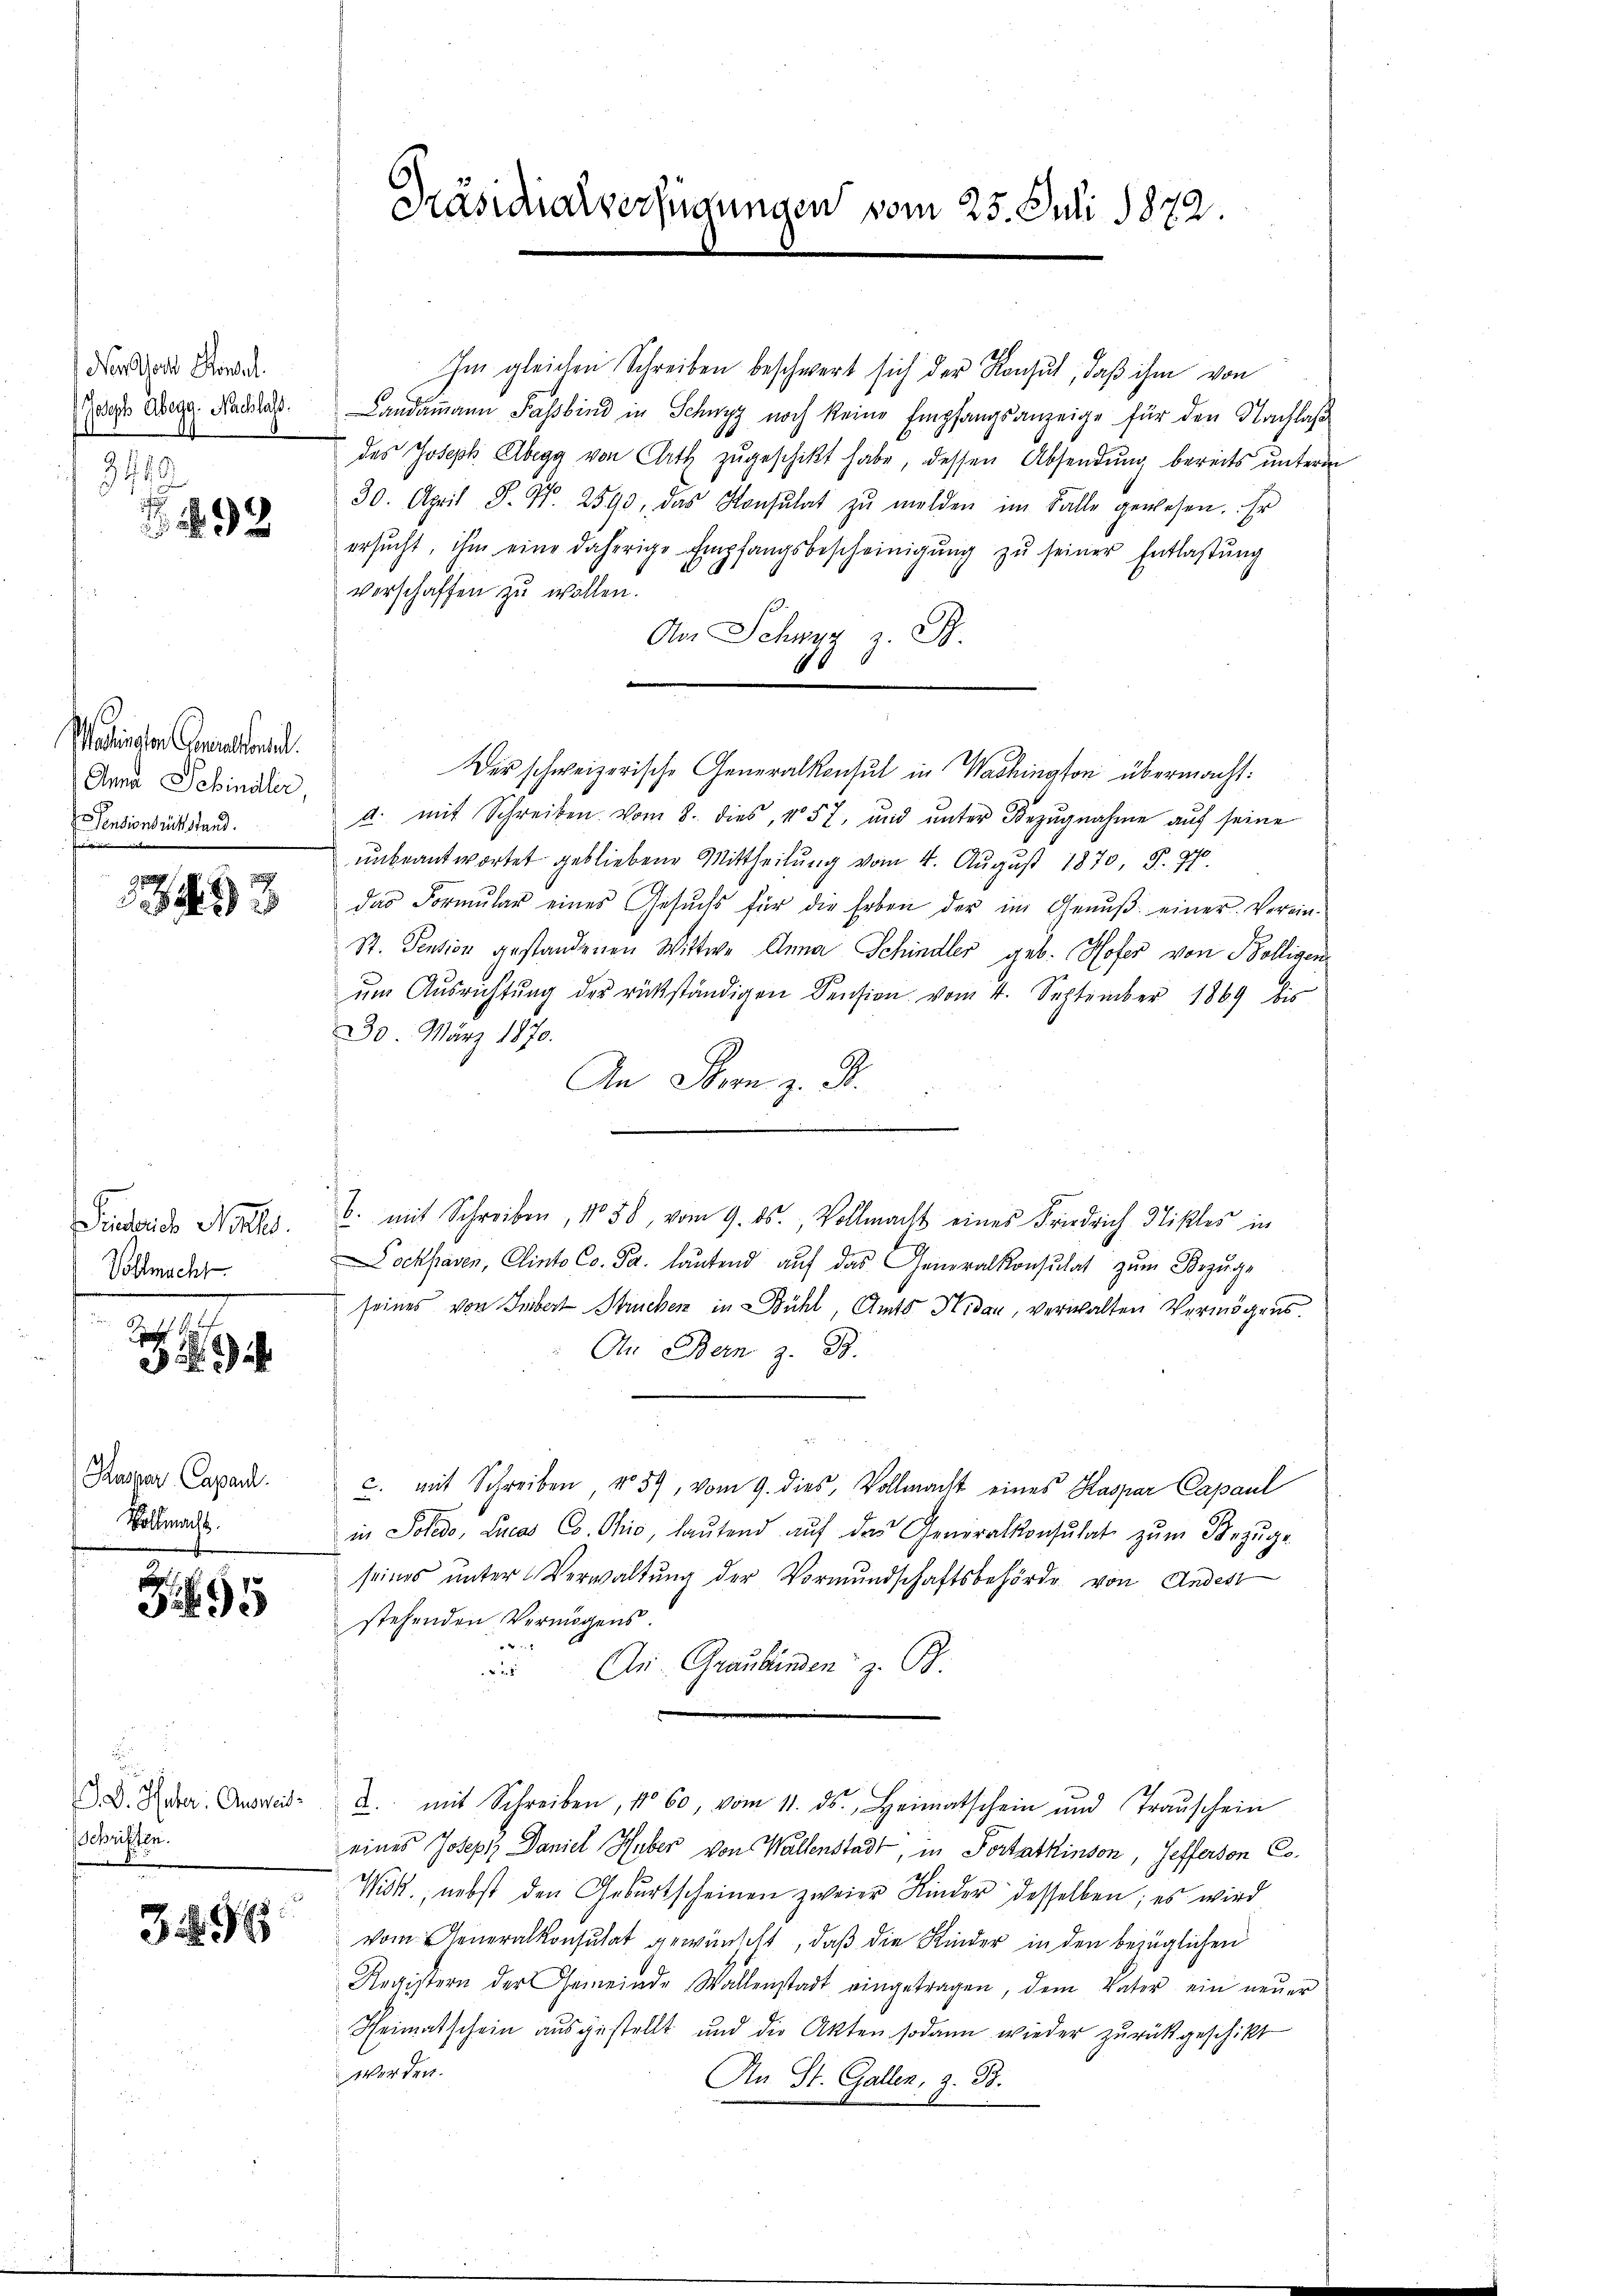
Der Sores Konseil.
Joseph Abegg. Nachlass.
342.

92

Maienten Curatorial.
Anna Schindler
Pensionsrichtstand.

x

Siderich Noter.
Vollmacht.

G

Kaspar Capard.
Vollmacht.

395

D. Inter. Ausweis¬
Schriften.

396

Präsidialverfügungen vom 25. Juli 1872.

Im gleichen Schreiben beschwert sich der Konsul, daß ihm von
Landammann Passind in Schwyz noch keine Empfangsanzeige für den Nachlaß
des Joseph Abegg von Rath zugeschikt habe, dessen Absendung bereits unterm
30. April S. Nr. 2590, das Konsulat zŭ melden im Falle gewesen. Er
ersŭcht, ihm eine daherige Empfangsbescheinigŭng zŭ seiner Entlastŭng
verschaffen zŭ wollen.
An Schwyz z. B.
6
d
Der schweizerische Generalkonsul in Washington übermacht:
a. mit Schreiben vom 8. dies, No 57, und ŭnter Bezŭgnahme aŭf seine
unbeantwortet gebliebene Mittheilung vom 4. August 1870 S. 970.
das Formŭlar eines Gesŭch für die Erben der im Genŭβ einer Verein-
St. Pension gestandenen Wittwe Anna Schindler geb. Hofer von Bolligen
ŭm Aŭsrichtŭng des rückständigen Pension vom 4. September 1869 bis
30. März 1870.
An Stern z. B.
B. mit Schreiben, No 58, vom 9. ds., Vollmacht eines Friedrich Nikles in
Dockpaven, Clinto Co. P. lautend auf das Generalkonsulat zum Bezuge
seines von Hubert Struchen in Bühl, Amts Nidau, verwalten Vermögens.
An Bern z. B.
c. mit Schreiben, No 59, vom 9. dies, Vollmacht eines Kaspar Capaul
in Soledo, Lucas Co. Ohio, laŭtend aŭf das Generalkonsulat zŭm Bezŭge
seines ŭnter Verwaltŭng der Vormundschaftsbehörde von Andest
stehenden Vermögens.
2
An Graubünden z. B.
5
2. mit Schreiben, 1060, vom 11. ds. Heimatschein und Traŭschein
eines Joseph Daniel Huber von Wallenstadt, in Portatkinson, Hefferson Co¬
Wik., nebst den Geburtscheinen zweier Kinder desselben; es wird
vom Generalkonsulat gewünscht, daß die Kinder in den bezüglichen
Registern der Gemeinde Wallenstadt eingetragen, dem Vater ein neŭer
Heimatschein ausgestellt und die Akten sodann wieder zurückgeschikt
Werden.
An St. Gallen, z. B.